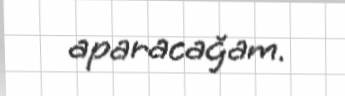
aparacağam.